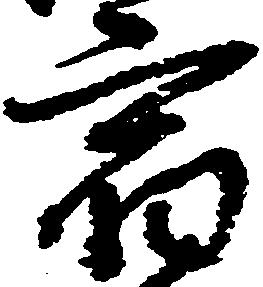
宿